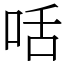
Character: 咶